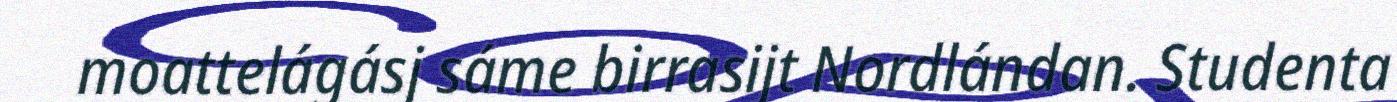
moattelágásj sáme birrasijt Nordlándan. Studenta